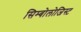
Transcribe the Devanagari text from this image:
सिम्बोलोजिस्ट